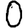
Digit: 0